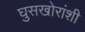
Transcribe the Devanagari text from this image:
घुसखोरांशी